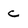
Character: c